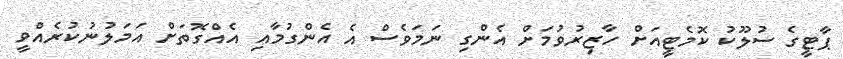
ޕާޓީގެ ސުލޫކު ކޮމެޓީއަށް ހާޒިރުވުމަށް އެންގި ނަމަވެސް އެ އެންގުމާއި އެއްގޮތަށް އަމަލުނުކުރެއްވީ